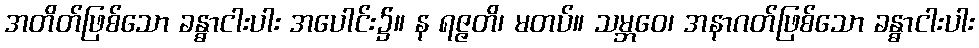
အတိတ်ဖြစ်သော ခန္ဓာငါးပါး အပေါင်း၌။ န ရဇ္ဇတိ၊ မတပ်။ သမ္ဘဝေ၊ အနာဂတ်ဖြစ်သော ခန္ဓာငါးပါး